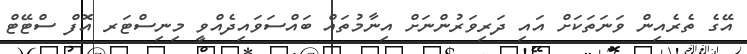
އޭގެ ތެރެއިން ވަނަތަކަށް އައި ދަރިވަރުންނަށް އިނާމުތައް ބައްސަވައިދެއްވީ މިނިސްޓަރ އޮފް ސްޓޭޓް